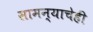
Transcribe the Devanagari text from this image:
सामन्याचेही